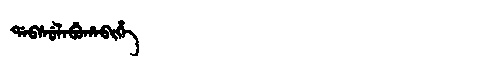
Manchu: ᡩᠠᠪᠰᡠᠯᠠᠪᡠᡥᠠᠪᡳᡥᡝ
Romanization: DABSULABUHABIHE